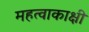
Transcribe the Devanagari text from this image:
महत्वाकाक्षी